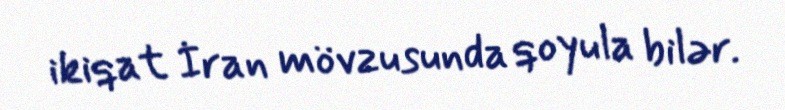
ikiqat İran mövzusunda qoyula bilər.